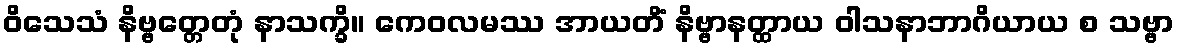
ဝိသေသံ နိဗ္ဗတ္တေတုံ နာသက္ခိ။ ကေဝလမဿ အာယတိံ နိဗ္ဗာနတ္ထာယ ဝါသနာဘာဂိယာယ စ သဗ္ဗာ